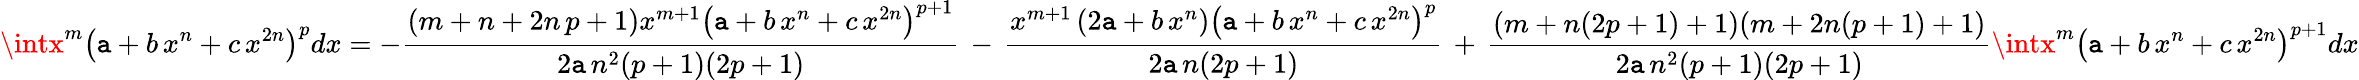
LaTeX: \intx^{m}\left(\mathtt{a}+b\, x^{n}+c\, x^{2n}\right)^{p}dx=-{\frac{{(m+n+2n\, p+1)x^{m+1}\left(\mathtt{a}+b\, x^{n}+c\, x^{2n}\right)^{p+1}}}{{2\mathtt{a}\, n^{2}(p+1)(2p+1)}}}\, -\, {\frac{{x^{m+1}\left(2\mathtt{a}+b\, x^{n}\right)\left(\mathtt{a}+b\, x^{n}+c\, x^{2n}\right)^{p}}}{{2\mathtt{a}\, n(2p+1)}}}\, +\, {\frac{{(m+n(2p+1)+1)(m+2n(p+1)+1)}}{{2\mathtt{a}\, n^{2}(p+1)(2p+1)}}}\intx^{m}\left(\mathtt{a}+b\, x^{n}+c\, x^{2n}\right)^{p+1}dx